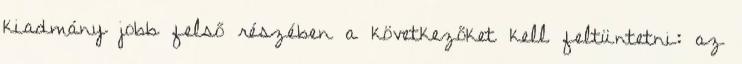
kiadmány jobb felső részében a következőket kell feltüntetni: az